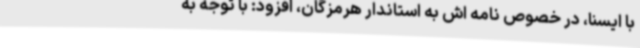
با ایسنا، در خصوص نامه اش به استاندار هرمزگان، افزود: با توجه به